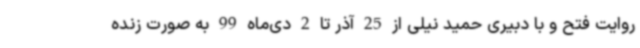
روایت فتح و با دبیری حمید نیلی از 25 آذر تا 2 دی‌ماه 99 به صورت زنده